Indian journal of veterinary science and animal husbandry - Volumes 26-27, 1956-1957
Year: 1956
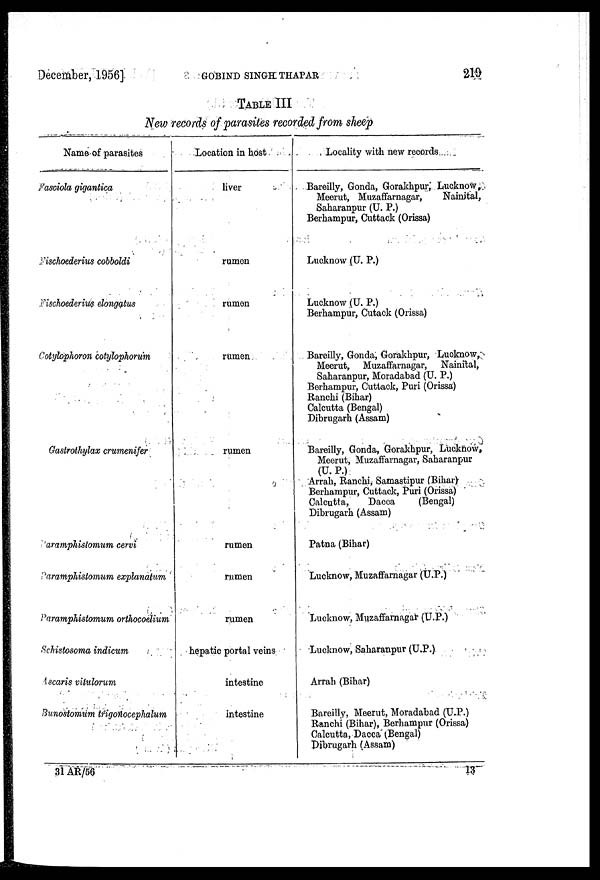
December, 1956]
GOBIND
SINGH
THAPAR
219
TABLE III
New records of parasites recorded from sheep
Name of parasites
Fasciola gigantica
Fischoederius cobboldi
Fischoederius elongatus
Cotylophoron cotylophorum
Gastrothylax crumenifer
Paramphistomum cervi
Paramphistomum explanatum
Paramphistomum orthocoelium
Schistosoma indicum
Ascaris vitulorum
Bunostomum trigonocephalum
Location in host
liver
rumen
rumen
rumen
rumen
rumen
rumen
rumen
hepatic portal veins
intestine
intestine
Locality with new records
Bareilly, Gonda, Gorakhpur, Lucknow,
Meerut, Muzaffarnagar,
Nainital,
Saharanpur (U. P.)
Berhampur, Cuttack (Orissa)
Lucknow (U. P.)
Lucknow (U. P.)
Berhampur, Cutack (Orissa)
Bareilly, Gonda, Gorakhpur, Lucknow,
Meerut, Muzaffarnagar, Nainital,
Saharanpur, Moradabad (U. P.)
Berhampur, Cuttack, Puri (Orissa)
Ranchi (Bihar)
Calcutta (Bengal)
Dibrugarh (Assam)
Bareilly, Gonda, Gorakhpur, Lucknow,
Meerut, Muzaffarnagar, Saharanpur
(U. P.)
Arrah, Ranchi, Samastipur (Bihar)
Berhampur, Cuttack, Puri (Orissa)
Calcutta,
Dacca
(Bengal)
Dibrugarh (Assam)
Patna (Bihar)
Lucknow, Muzaffarnagar (U.P.)
Lucknow, Muzaffarnagar (U.P.)
Lucknow, Saharanpur (U.P.)
Arrah (Bihar)
Bareilly, Meerut, Moradabad (U.P.)
Ranchi (Bihar), Berhampur (Orissa)
Calcutta, Dacca (Bengal)
Dibrugarh (Assam)
31 AR/56
13